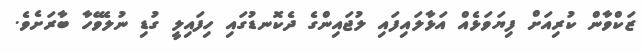
ޒަކްވާން ކުރިއަށް ފިޔަވަޅެއް އަޅާލައިފައި ލުޖައިންގެ ދެކޮނޑުގައި ހިފައިލީ ގުޑި ނުލެވޭހާ ބާރަށެވެ.